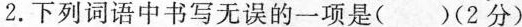
2.下列词语中书写无误的一项是( )(2分)